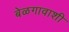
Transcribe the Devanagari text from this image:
बेळगावाशी